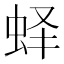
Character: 𰲵